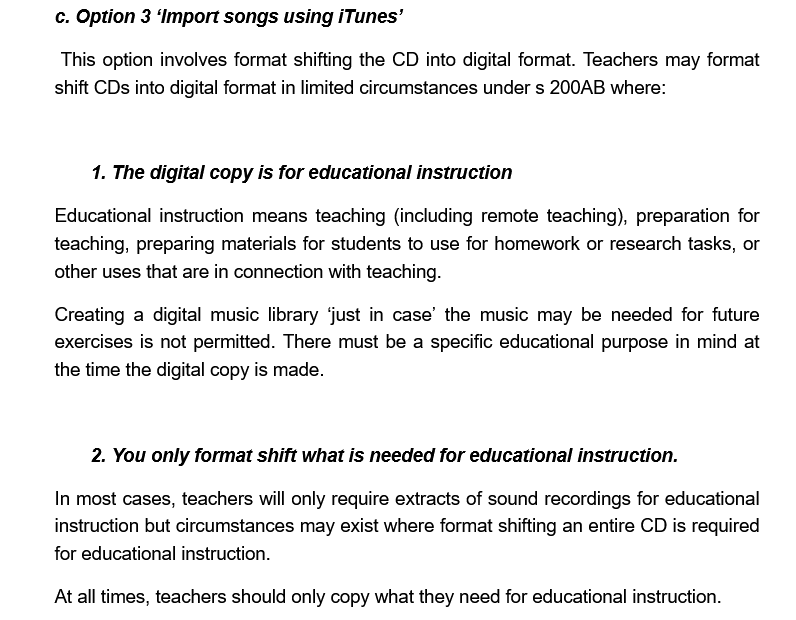
c. Option 3 ‘Import songs using iTunes’
     1. The digital copy is for educational instruction
     2. You only format shift what is needed for educational instruction.
     This option involves format shifting the CD into digital format. Teachers may format
     shift CDs into digital format in limited circumstances under s 200AB where:
     Educational instruction means teaching (including remote teaching), preparation for
     teaching, preparing materials for students to use for homework or research tasks, or
     other uses that are in connection with teaching.
     Creating a digital music library ‘just in case’ the music may be needed for future
     exercises is not permitted. There must be a specific educational purpose in mind at
     the time the digital copy is made.
     In most cases, teachers will only require extracts of sound recordings for educational
     instruction but circumstances may exist where format shifting an entire CD is required
     for educational instruction.
     At all times, teachers should only copy what they need for educational instruction.